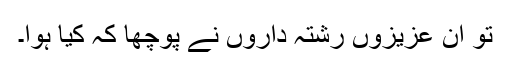
تو ان عزیزوں رشتہ داروں نے پوچھا کہ کیا ہوا۔